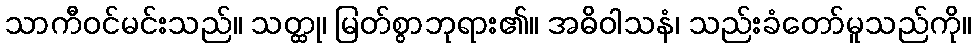
သာကီဝင်မင်းသည်။ သတ္ထု၊ မြတ်စွာဘုရား၏။ အဓိဝါသနံ၊ သည်းခံတော်မူသည်ကို။